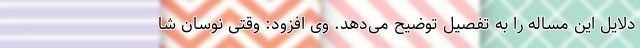
دلایل این مساله را به تفصیل توضیح می‌دهد. وی افزود: وقتی نوسان شا